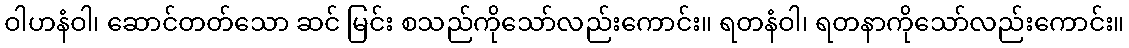
ဝါဟနံဝါ၊ ဆောင်တတ်သော ဆင် မြင်း စသည်ကိုသော်လည်းကောင်း။ ရတနံဝါ၊ ရတနာကိုသော်လည်းကောင်း။